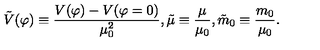
{ \tilde { V } } ( \varphi ) \equiv { \frac { V ( \varphi ) - V ( \varphi = 0 ) } { \mu _ { 0 } ^ { 2 } } } , { \tilde { \mu } } \equiv { \frac { \mu } { \mu _ { 0 } } } , { \tilde { m } } _ { 0 } \equiv { \frac { m _ { 0 } } { \mu _ { 0 } } } .